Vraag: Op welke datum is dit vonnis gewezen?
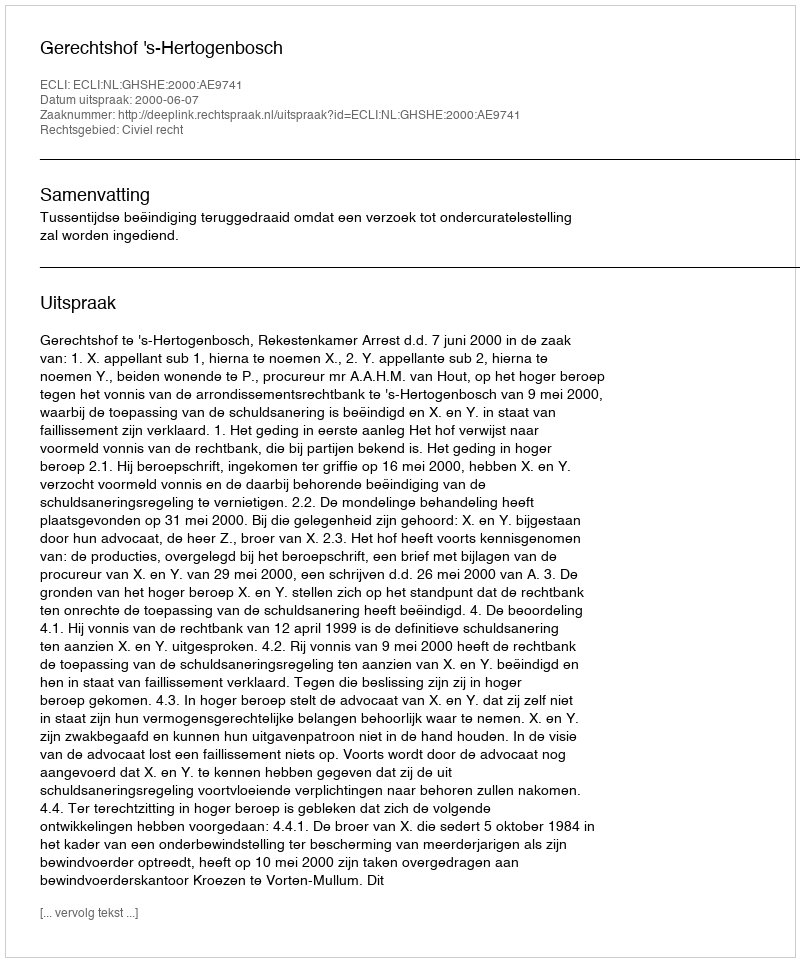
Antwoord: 2000-06-07